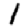
Digit: 1